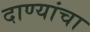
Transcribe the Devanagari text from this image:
दाण्यांचा